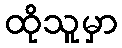
ထိုသူမှာ